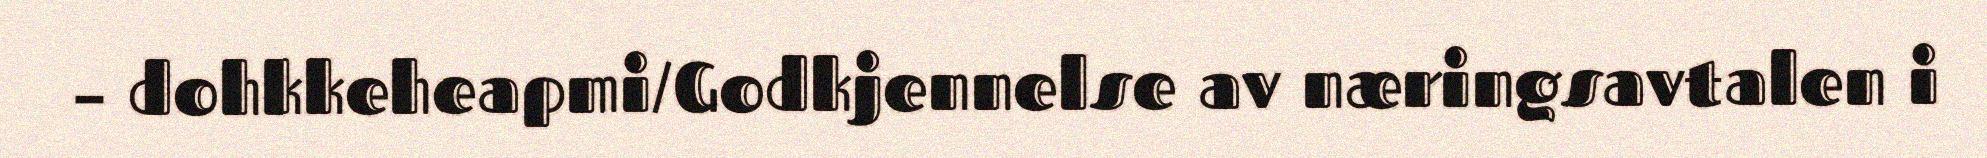
– dohkkeheapmi/Godkjennelse av næringsavtalen i